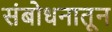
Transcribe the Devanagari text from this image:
संबोधनातून